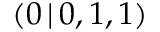
( 0 \, | \, 0 , 1 , 1 )